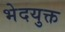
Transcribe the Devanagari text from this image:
भेदयुक्त